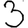
Digit: 3